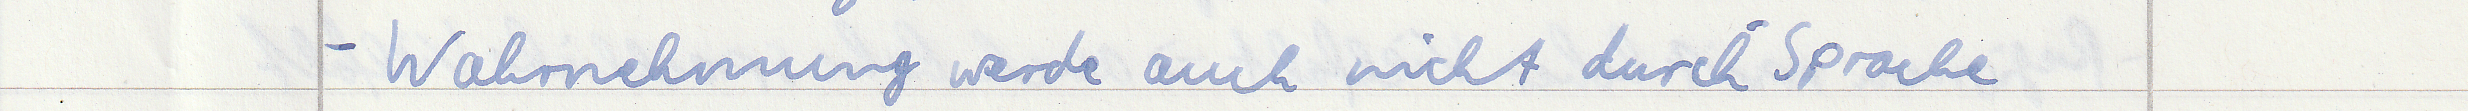
- Wahrnehmung werde auch nicht durch Sprache